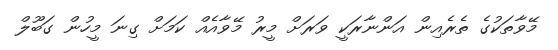
މޭވާތަކުގެ ތެރެއިން އަންނާރަކީ ވަރަށް މީރު މޭވާއެއް ކަމަށް ގިނަ މީހުން ގަބޫލް